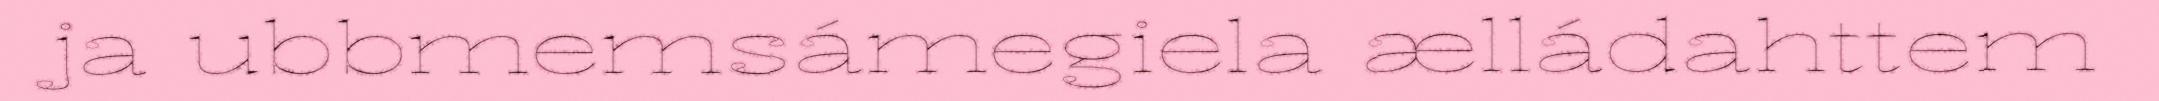
ja ubbmemsámegiela ælládahttem